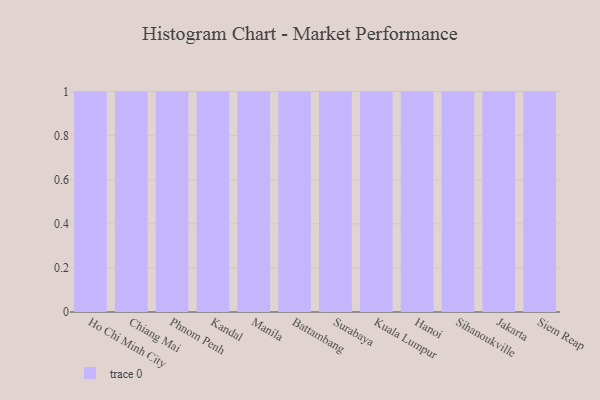
{"axis": {"x": "City", "y": "Inventory Turnover"}, "legend": [""], "data": [{"x": "Ho Chi Minh City", "y": 16, "type": ""}, {"x": "Chiang Mai", "y": 31, "type": ""}, {"x": "Phnom Penh", "y": 67, "type": ""}, {"x": "Kandal", "y": 61, "type": ""}, {"x": "Manila", "y": 1, "type": ""}, {"x": "Battambang", "y": 70, "type": ""}, {"x": "Surabaya", "y": 67, "type": ""}, {"x": "Kuala Lumpur", "y": 46, "type": ""}, {"x": "Hanoi", "y": 6, "type": ""}, {"x": "Sihanoukville", "y": 40, "type": ""}, {"x": "Jakarta", "y": 42, "type": ""}, {"x": "Siem Reap", "y": 88, "type": ""}]}